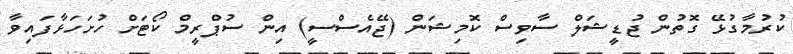
ކުރުމާގުޅޭ ގޮތުން ޖުޑީޝަލް ސާވިސް ކޮމިޝަން (ޖޭއެސްސީ) އިން ސުޕްރީމް ކޯޓަށް ހުށަހަޅާފައިވާ